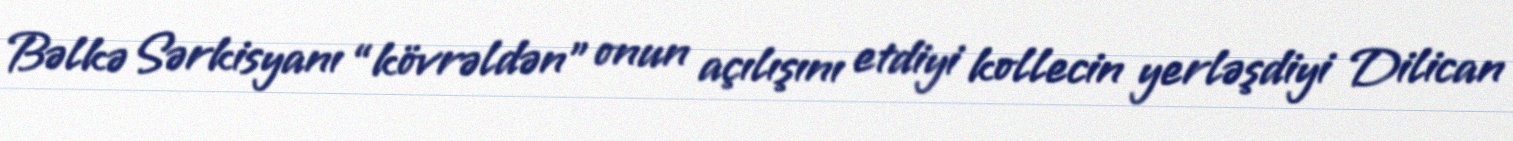
Bəlkə Sərkisyanı “kövrəldən” onun açılışını etdiyi kollecin yerləşdiyi Dilican